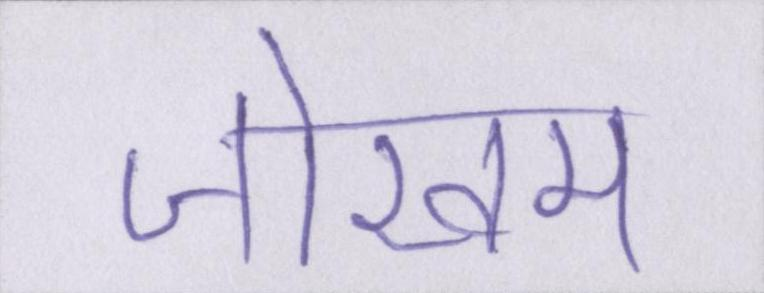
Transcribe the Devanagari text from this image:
जोखम